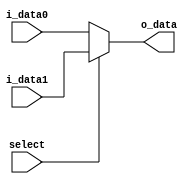
module Mux_2ch #(parameter word_size = 24)
	(
		output	[word_size-1:0]	o_data,
		input	[word_size-1:0]	i_data0, i_data1,
		input					select
	);
	// determine output according to select
	assign o_data = (select == 0) ? i_data0: (select == 1) ? i_data1 : 24'bx;
endmodule